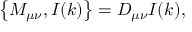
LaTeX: \left\{ M _ { \mu \nu } , I ( k ) \right\} = D _ { \mu \nu } I ( k ) ,